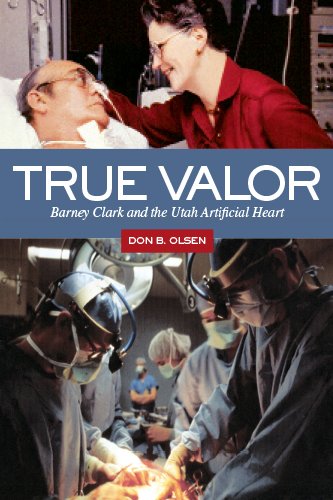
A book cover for True Valor: Barney Clark and the Utah Artificial Heart; Don B. Olsen; Biographies & Memoirs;